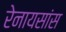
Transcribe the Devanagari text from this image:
रेनायसांस